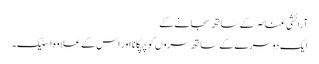
آرائشی عناصر کے ساتھ سجانے کے
ایک دوسرے کے ساتھ سروں کو چپکانا اور اس کے علاوہ اسٹیک۔